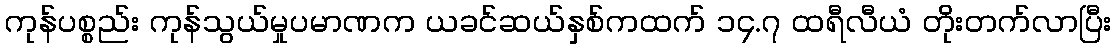
ကုန်ပစ္စည်း ကုန်သွယ်မှုပမာဏက ယခင်ဆယ်နှစ်ကထက် ၁၄.၇ ထရီလီယံ တိုးတက်လာပြီး